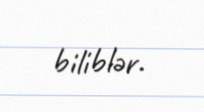
biliblər.